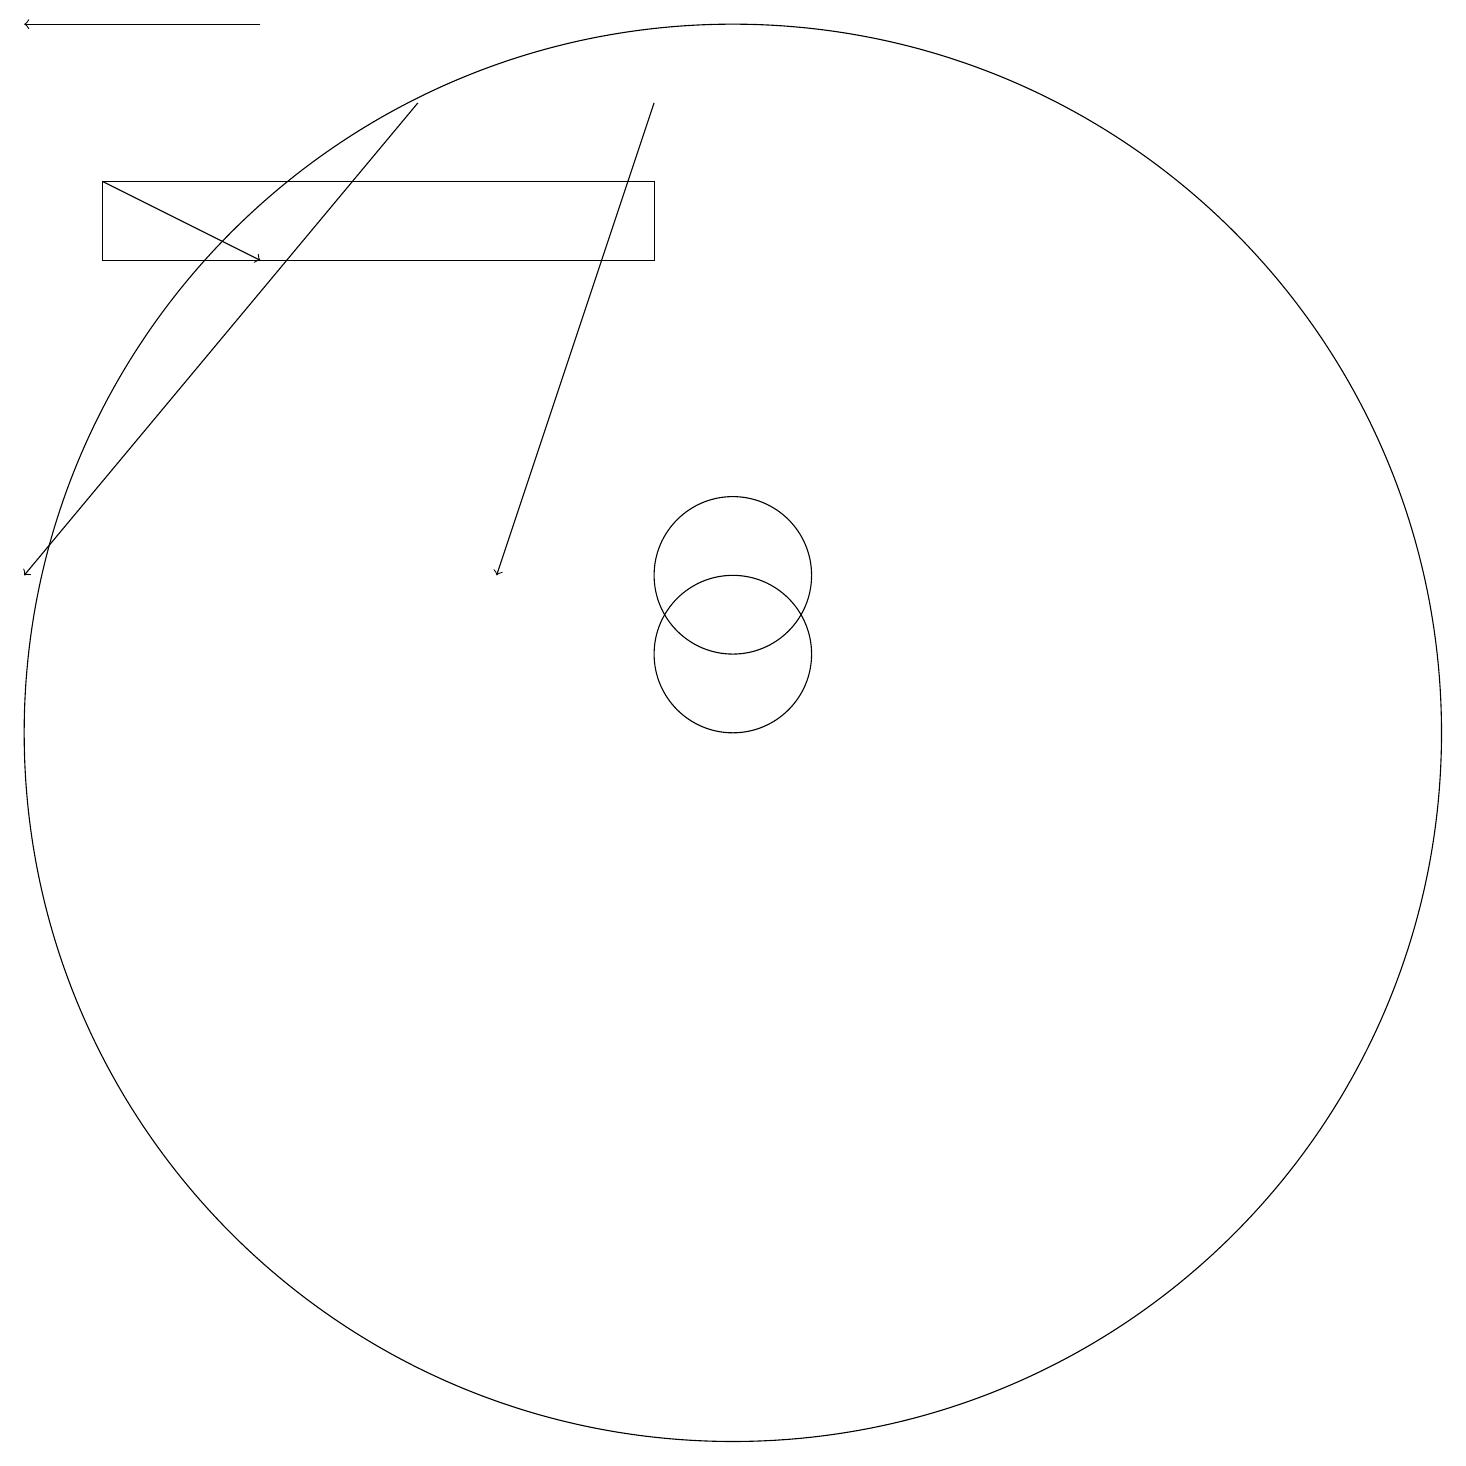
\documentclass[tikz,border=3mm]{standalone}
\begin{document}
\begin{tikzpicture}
\draw[->] (6,18) -- (1,12);
\draw[->] (9,18) -- (7,12);
\draw (10,11) circle (1);
\draw (10,12) circle (1);
\draw (10,10) circle (9);
\draw[->] (4,19) -- (1,19);
\draw (2,17) rectangle (9,16);
\draw[->] (2,17) -- (4,16);
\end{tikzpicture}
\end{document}